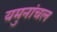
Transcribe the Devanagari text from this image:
यमुनांचल